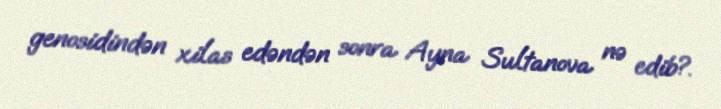
genosidindən xilas edəndən sonra Ayna Sultanova nə edib?.